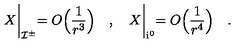
X \biggl | _ { { \cal I } ^ { \pm } } = O \Bigl ( \frac { 1 } { r ^ { 3 } } \Bigr ) \quad , \quad X \biggl | _ { { \mathrm { i } } ^ { 0 } } = O \Bigl ( \frac { 1 } { r ^ { 4 } } \Bigr ) \quad .